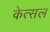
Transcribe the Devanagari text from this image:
केत्सल